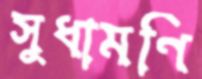
সুধামণি